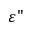
\varepsilon "